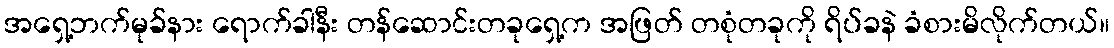
အရှေ့ဘက်မုခ်နား ရောက်ခါနီး တန်ဆောင်းတခုရှေ့က အဖြတ် တစုံတခုကို ရိပ်ခနဲ ခံစားမိလိုက်တယ်။